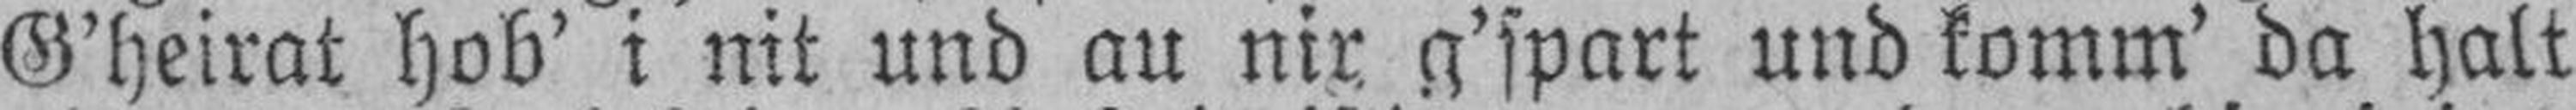
G’heirat hob’ i nit und au nir g’spart und komm’ da halt